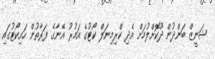
ޝަނީޒް ބަންދުން ދޫކޮށްލުމަށް އެދި ކްރިމިނަލް ކޯޓުގެ އަމުރު އޭނާގެ ފަރާތުން ހައިކޯޓުގައި